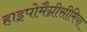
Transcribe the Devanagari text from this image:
हाइपोमैग्नीसीमिया